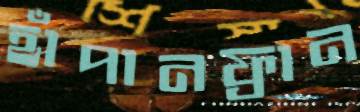
হাঁপানফ্রান